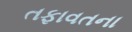
તફાવતના